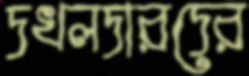
দখলদারদের